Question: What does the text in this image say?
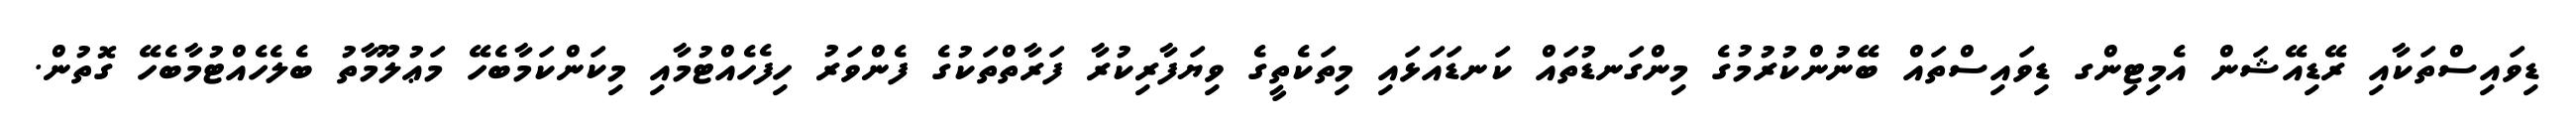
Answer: ޑިވައިސްތަކާއި ރޭޑިއޭޝަން އެމިޓިންގ ޑިވައިސްތައް ބޭނުންކުރުމުގެ މިންގަނޑުތައް ކަނޑައަޅައި މިތަކެތީގެ ވިޔަފާރިކުރާ ފަރާތްތަކުގެ ފެންވަރު ހިފެހެއްޓުމާއި މިކަންކަމާބެހޭ މަޢުލޫމާތު ބެލެހެއްޓުމާބެހޭ ގޮތުން.